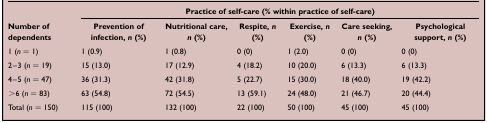
|  | <COLSPAN=6> Practice of self-care (% within practice of self-care) |
 | Number of dependents | Prevention of infection, n (%) | Nutritional care, n (%) | Respite, n (%) | Exercise, n (%) | Care seeking, n (%) | Psychological support, n (%) |
 | --- | --- | --- | --- | --- | --- | --- |
 | 1 (n = 1) | 1 (0.9) | 1 (0.8) | 0 (0) | 1 (2.0) | 0 (0) | 0 (0) |
 | 2–3 (n = 19) | 15 (13.0) | 17 (12.9) | 4 (18.2) | 10 (20.0) | 6 (13.3) | 6 (13.3) |
 | 4–5 (n = 47) | 36 (31.3) | 42 (31.8) | 5 (22.7) | 15 (30.0) | 18 (40.0) | 19 (42.2) |
 | >6 (n = 83) | 63 (54.8) | 72 (54.5) | 13 (59.1) | 24 (48.0) | 21 (46.7) | 20 (44.4) |
 | Total (n = 150) | 115 (100) | 132 (100) | 22 (100) | 50 (100) | 45 (100) | 45 (100) |